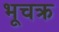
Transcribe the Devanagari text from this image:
भूचक्र